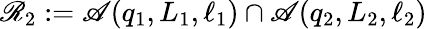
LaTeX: \mathscr{R}_{2}:=\mathscr{A}\! \left(q_{1},L_{1},\ell_{1}\right)\cap\mathscr{A}\! \left(q_{2},L_{2},\ell_{2}\right)